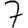
Digit: 7